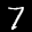
Label: 7